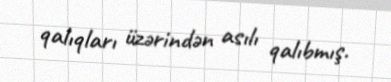
qalıqları üzərindən asılı qalıbmış.